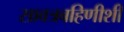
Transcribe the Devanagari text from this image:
सावत्रबहिणीशी